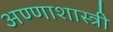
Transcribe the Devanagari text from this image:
अण्णाशास्त्री